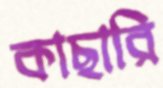
কাছারি